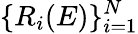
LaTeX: \{ R_{i}(E)\} _{i=1}^{N}